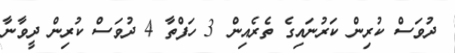
ދުވަސް ކުރިން ކަރުނައިގެ ތެރެއިން 3 ހަފްތާ 4 ދުވަސް ކުރިން ދީވާނާ